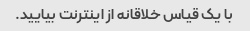
با یک قیاس خلاقانه از اینترنت بیایید.